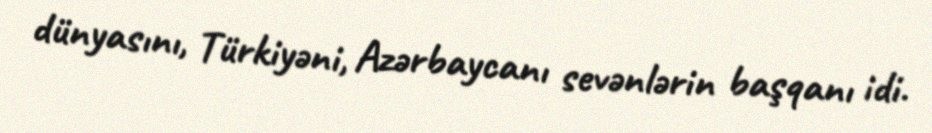
dünyasını, Türkiyəni, Azərbaycanı sevənlərin başqanı idi.